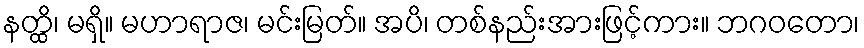
နတ္ထိ၊ မရှိ။ မဟာရာဇ၊ မင်းမြတ်။ အပိ၊ တစ်နည်းအားဖြင့်ကား။ ဘဂဝတော၊